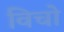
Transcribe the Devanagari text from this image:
विचो